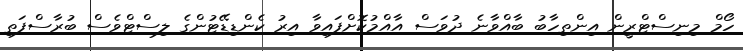
ހޯމް މިނިސްޓްރީން އިންތިހާބު ބާއްވާނެ ދުވަސް އާއްމުކޮށްފައިވާ އިރު ކެންޑިޑޭޓުންގެ ލިސްޓްވެސް ބުރާސްފަތި